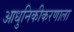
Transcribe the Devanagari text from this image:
आधुनिकीकरणाला